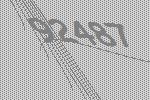
92487